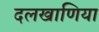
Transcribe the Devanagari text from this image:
दलखाणिया